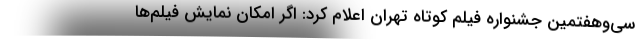
سی‌وهفتمین جشنواره فیلم کوتاه تهران اعلام کرد: اگر امکان نمایش فیلم‌ها